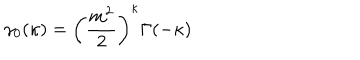
LaTeX: \gamma _ { 0 } ( \kappa ) = \left( \frac { m ^ { 2 } } { 2 } \right) ^ { \kappa } \Gamma ( - \kappa )